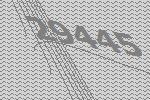
29445